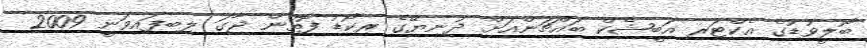
ބޮލީވުޑުގެ އެކްޓަރ އަބީޝެކް ބައްޗަންއަށް ދުނިޔޭގެ ރިކޯޑު ފޮތުން ޖާގަ ލިބިފައިވަނީ 2009